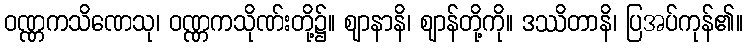
ဝဏ္ဏကသိဏေသု၊ ဝဏ္ဏကသိုဏ်းတို့၌။ ဈာနာနိ၊ ဈာန်တို့ကို။ ဒဿိတာနိ၊ ပြအပ်ကုန်၏။